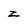
Character: z